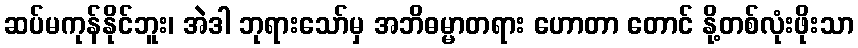
ဆပ်မကုန်နိုင်ဘူး၊ အဲဒါ ဘုရားသော်မှ အဘိဓမ္မာတရား ဟောတာ တောင် နို့တစ်လုံးဖိုးသာ